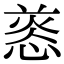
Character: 𢝑